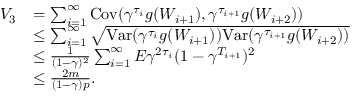
\begin{array} { r l } { V _ { 3 } } & { = \sum _ { i = 1 } ^ { \infty } \mathrm { C o v } ( \gamma ^ { \tau _ { i } } g ( W _ { i + 1 } ) , \gamma ^ { \tau _ { i + 1 } } g ( W _ { i + 2 } ) ) } \\ & { \leq \sum _ { i = 1 } ^ { \infty } \sqrt { \mathrm { V a r } ( \gamma ^ { \tau _ { i } } g ( W _ { i + 1 } ) ) \mathrm { V a r } ( \gamma ^ { \tau _ { i + 1 } } g ( W _ { i + 2 } ) ) } } \\ & { \leq \frac { 1 } { ( 1 - \gamma ) ^ { 2 } } \sum _ { i = 1 } ^ { \infty } E \gamma ^ { 2 \tau _ { i } } ( 1 - \gamma ^ { T _ { i + 1 } } ) ^ { 2 } } \\ & { \leq \frac { 2 m } { ( 1 - \gamma ) p } . } \end{array}